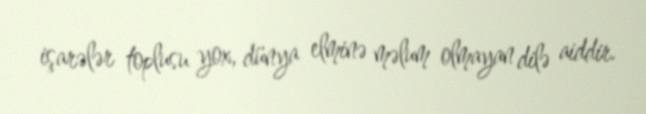
işarələr toplusu yox, dünya elminə məlum olmayan dilə aiddir.